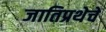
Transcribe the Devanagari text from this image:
जातिप्रथेचे